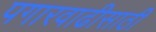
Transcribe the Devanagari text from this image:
पगारवाढीसाठी